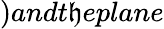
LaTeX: )andt\mathfrak{h}eplane